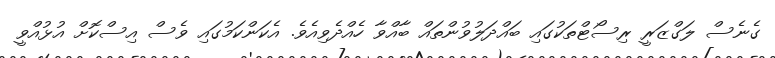
ގެނެސް ލަގްޒަރީ ރިސޯޓްތަކުގައި ބައްދަލުވުންތައް ބާއްވާ ހެއްދެވިއެވެ. އެކަންކަމުގައި ވެސް އިސްކޮށް އުޅުއްވީ